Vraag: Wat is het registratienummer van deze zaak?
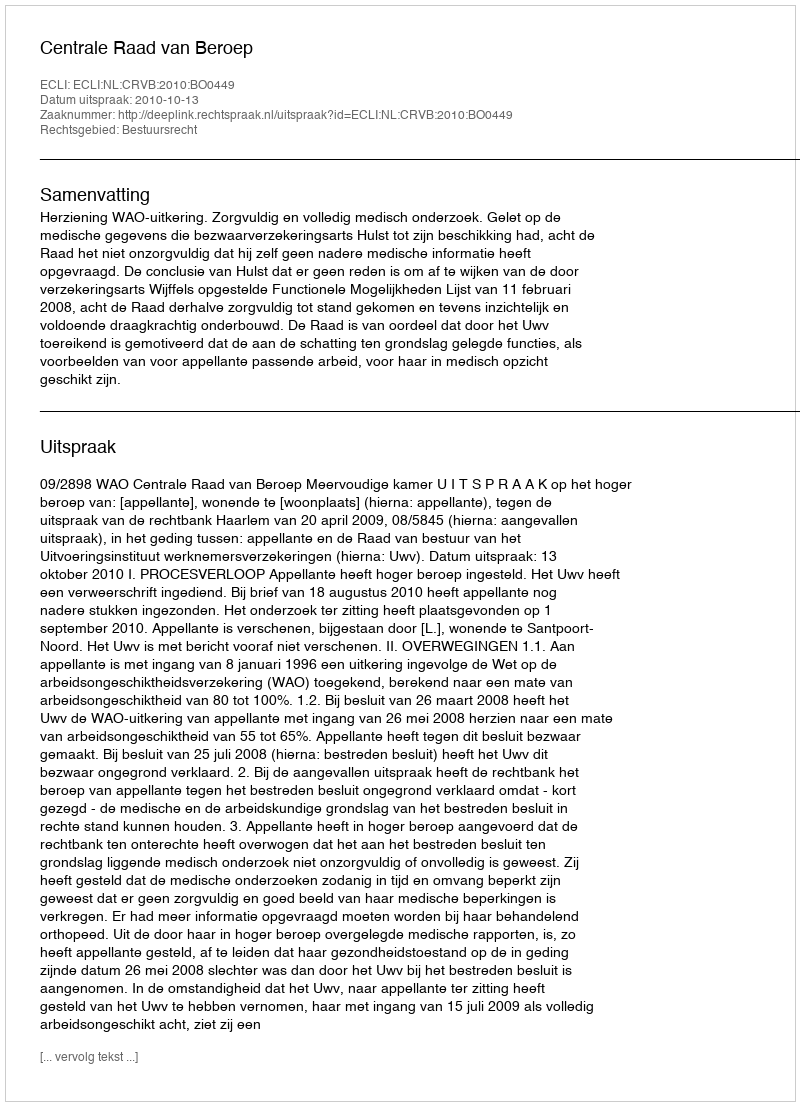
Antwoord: http://deeplink.rechtspraak.nl/uitspraak?id=ECLI:NL:CRVB:2010:BO0449